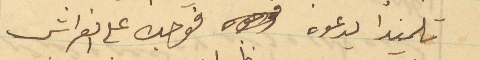
تلميذا يدعوه فوجده على الفراش